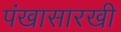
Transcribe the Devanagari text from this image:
पंखासारखी